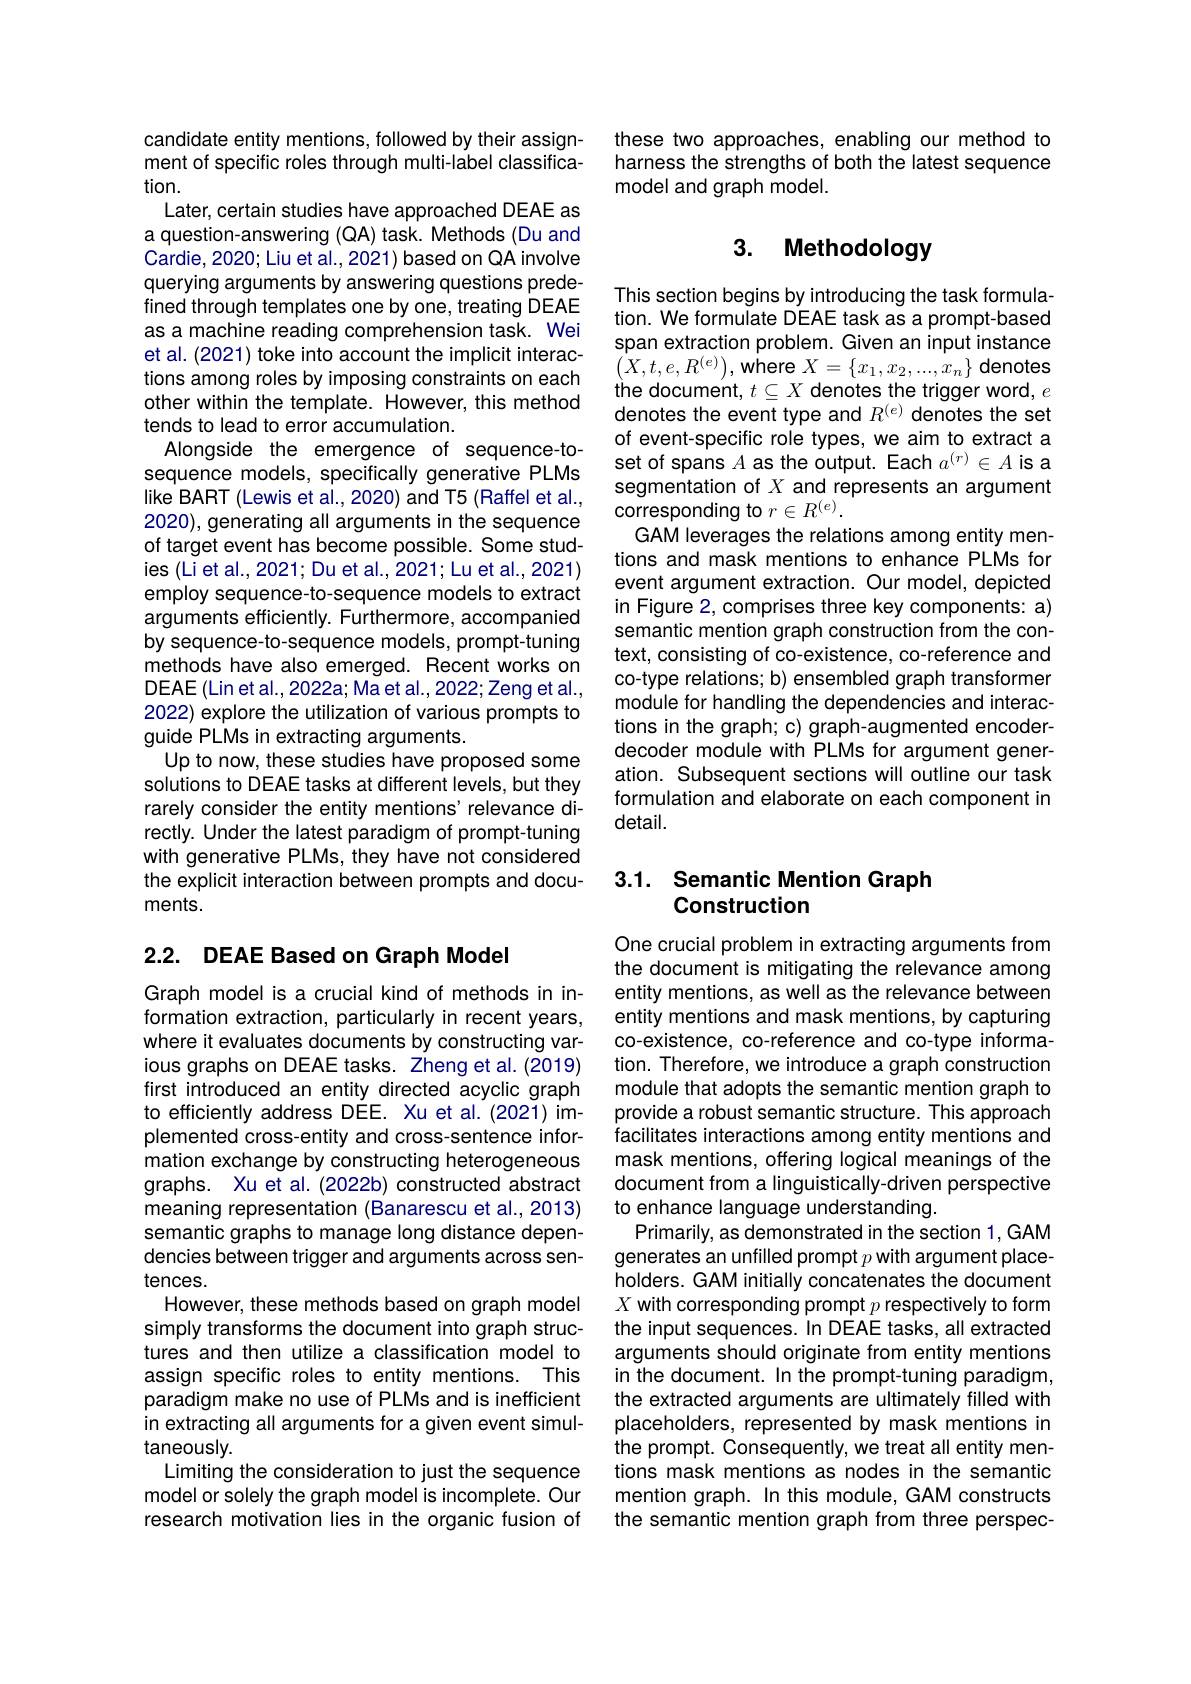
candidate entity mentions, followed by their assignment of specific roles through multi-label classification.
Later, certain studies have approached DEAE as a question-answering (QA) task. Methods (Du and Cardie, 2020; Liu et al., 2021) based on QA involve querying arguments by answering questions predefined through templates one by one, treating DEAE as a machine reading comprehension task. Wei et al. (2021) toke into account the implicit interacet at. (2021) foke into account the implict interac- $( X, t, e, R^{( e) }) $, where $X=\{x_1,x_2,...,x_n\}$ denotes tions among roles by imposing constraints on each the document, $t\subseteq X$ denotes the trigger word, $e$
other within the template. However, this method
tends to lead to error accumulation.
Alongside the emergence of sequence-tosequence models, specifically generative PLMs like BART (Lewis et al., 2020) and T5 (Raffel et al., 2020), generating all arguments in the sequence of target event has become possible. Some studies (Liet al., 2021; Du et al., 2021; Lu et al., 2021) employ sequence-to-sequence models to extract arguments efficiently. Furthermore, accompanied by sequence-to-sequence models, prompt-tuning methods have also emerged. Recent works on DEAE (Lin et al., 2022a; Ma et al., 2022; Zeng et al., 2022) explore the utilization of various prompts to guide PLMs in extracting arguments
Up to now, these studies have proposed some solutions to DEAE tasks at different levels, but they rarely consider the entity mentions'relevance directly. Under the latest paradigm of prompt-tuning with generative PLMs, they have not considered the explicit interaction between prompts and documents.

2.2. DEAE Based on Graph Model

Graph model is a crucial kind of methods in information extraction, particularly in recent years, where it evaluates documents by constructing various graphs on DEAE tasks. Zheng et al. (2019) first introduced an entity directed acyclic graph to efficiently address DEE. Xu et al.(2021) implemented cross-entity and cross-sentence information exchange by constructing heterogeneous graphs. Xu et al. (2022b) constructed abstract meaning representation (Banarescu et al., 2013) semantic graphs to manage long distance dependencies between trigger and arguments across sentences.
However, these methods based on graph model simply transforms the document into graph structures and then utilize a classification model to assign specific roles to entity mentions. This paradigm make no use of PLMs and is inefficient in extracting all arguments for a given event simultaneously.
Limiting the consideration to just the sequence model or solely the graph model is incomplete. Our research motivation lies in the organic fusion of

these two approaches, enabling our method to harness the strengths of both the latest sequence model and graph model.

## 3. Methodology

This section begins by introducing the task formulation. We formulate DEAE task as a prompt-based span extraction problem. Given an input instance denotes the event type and $R^{(e)}$ denotes the set of event-specific role types, we aim to extract a set of spans $A$ as the output. Each $a^{(r)}\in A$ is a segmentation of $X$ and represents an argument corresponding to $r\in R^(e).$
GAM leverages the relations among entity mentions and mask mentions to enhance PLMs for event argument extraction. Our model, depicted in Figure 2, comprises three key components: a) semantic mention graph construction from the context, consisting of co-existence, co-reference and co-type relations; b) ensembled graph transformer module for handling the dependencies and interactions in the graph; c) graph-augmented encoderdecoder module with PLMs for argument generation. Subsequent sections will outline our task formulation and elaborate on each component in $detail.$

## 3.1. Semantic Mention Graph Construction

One crucial problem in extracting arguments from the document is mitigating the relevance among entity mentions, as well as the relevance between entity mentions and mask mentions, by capturing co-existence, co-reference and co-type information. Therefore, we introduce a graph construction module that adopts the semantic mention graph to provide a robust semantic structure. This approach facilitates interactions among entity mentions and mask mentions, offering logical meanings of the document from a linguistically-driven perspective to enhance language understanding.
Primarily, as demonstrated in the section 1, GAM generates an unfilled prompt $p$ with argument placeholders. GAM initially concatenates the document $X$ with corresponding prompt $p$ respectively to form the input sequences. In DEAE tasks, all extracted arguments should originate from entity mentions in the document. In the prompt-tuning paradigm, the extracted arguments are ultimately filled with placeholders, represented by mask mentions in the prompt. Consequently, we treat all entity mentions mask mentions as nodes in the semantic mention graph. In this module, GAM constructs the semantic mention graph from three perspec-